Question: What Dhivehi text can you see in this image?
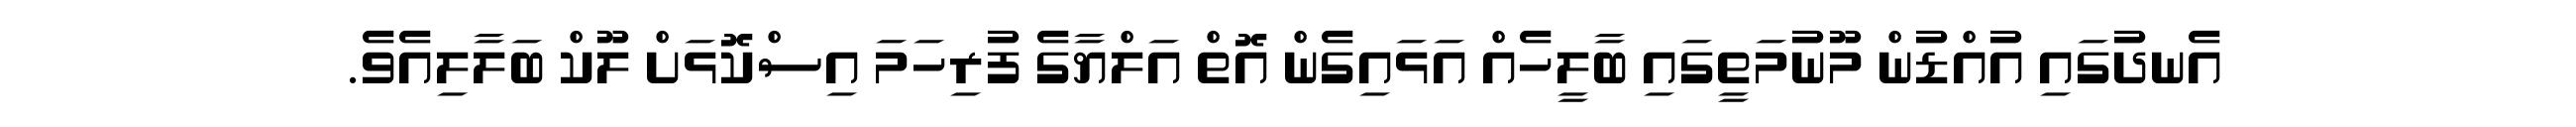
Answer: އެނދުގައި އުއްޑުން މޫނުމަތީގައި ބާލީހެއް އަޅައިގެން އޮތް އަލްޔާގެ ފުރިހަމަ އިސްކޮޅަށް ލޫކް ބަލާލިއެވެ.